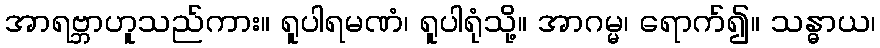
အာရဗ္ဘာဟူသည်ကား။ ရူပါရမဏံ၊ ရူပါရုံသို့။ အာဂမ္မ၊ ရောက်၍။ သန္ဓာယ၊